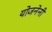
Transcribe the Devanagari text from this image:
योजनेनी